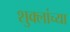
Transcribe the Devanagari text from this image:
शुक्लांच्या